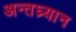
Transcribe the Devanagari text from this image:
अन्तघ्र्यान